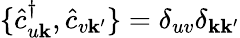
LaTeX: \{ \hat{c}_{u\mathbf{k}}^{\dagger},\hat{c}_{v\mathbf{k^{\prime}}}\} =\delta_{uv}\delta_{\mathbf{k}\mathbf{k^{\prime}}}